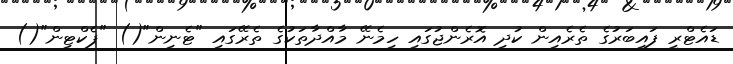
ޑައެޓްރީ ފައިބަރުގެ ތެރެއިން ކުދި އޮރެންޖުގައި ހިމެނޭ މާއްދާތަކުގެ ތެރޭގައި "ޓެނިން"() "ޕެކްޓިން"()